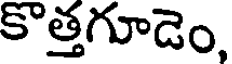
కొత్తగూడెం,